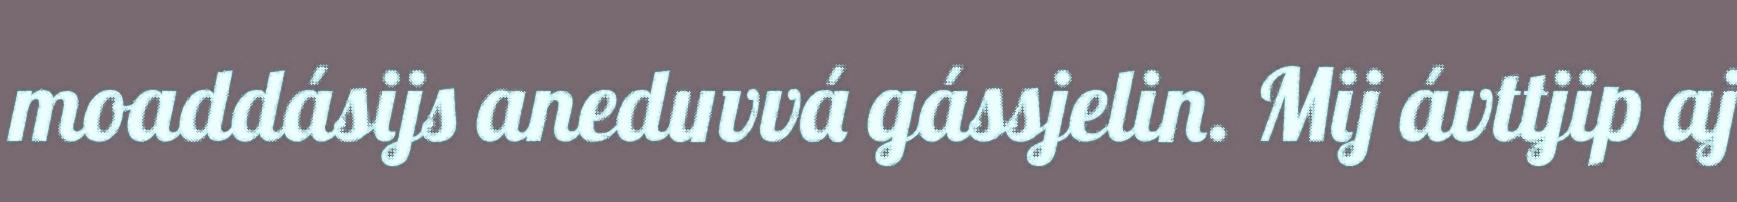
moaddásijs aneduvvá gássjelin. Mij ávttjip aj